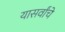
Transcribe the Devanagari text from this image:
यासर्वांचे